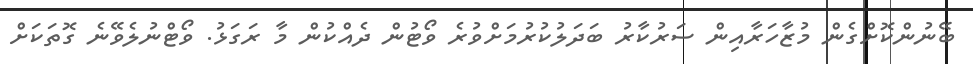
ބޭނުންކޮށްގެން މުޒާހަރާއިން ސަރުކާރު ބަދަލުކުރުމަށްވުރެ ވޯޓުން ދެއްކުން މާ ރަގަޅު. ވޯޓްނުލެވޭނެ ގޮތަކަށް